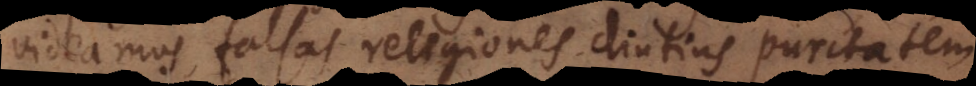
videamus, falsas religiones diutius puritatem